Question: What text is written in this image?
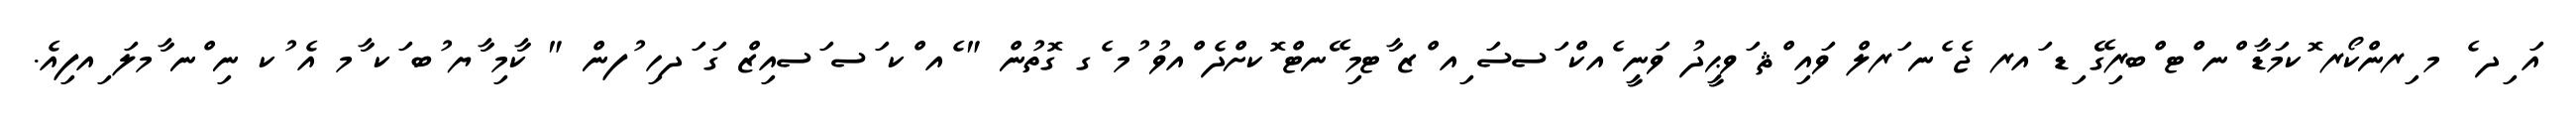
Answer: އަ ިދ ެ މ ިރންކޯރ ޮކމަޑާ ްނ ްޓ ްބރިގޭ ިޑ ައރ ޖެ ެނ ަރލް ވައި ްޘ ަވޙީދު ވަނީ ެއކް ަސސަ ިއ ްޒ ާޓމި ޭނޓް ޮކށްދެ ްއވު ުމ ެގ ގޮތުން " ެއ ްކ ަސ ަސއިޒް ގަ ަދހި ުފން " ކާމި ާޔ ުބ ަކ ާމ އެ ުކ ނި ްނ ާމލަ ިއފިއެ.